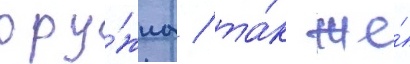
ору́жиа / та́к же́